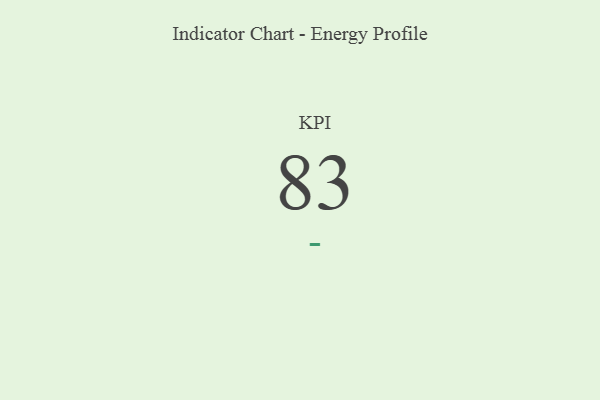
{"axis": {"x": "KPI", "y": "Value"}, "legend": [""], "data": [{"x": "KPI", "y": 83, "type": ""}]}